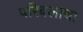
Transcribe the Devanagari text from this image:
परिबलाचा